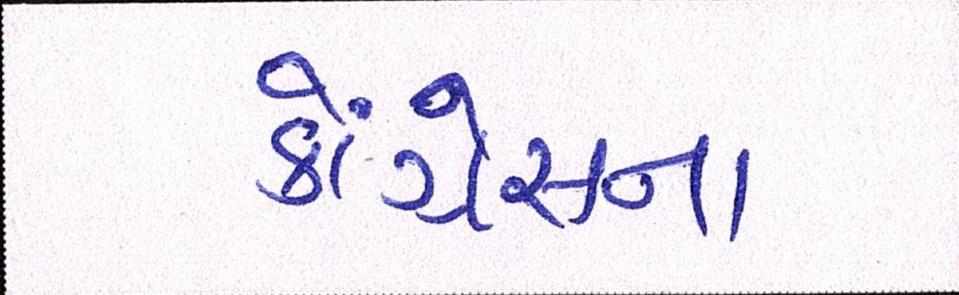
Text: કૉંગ્રેસના